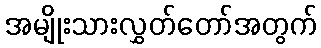
အမျိုးသားလွှတ်တော်အတွက်